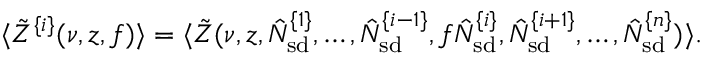
\langle \tilde { Z } ^ { \{ i \} } ( \nu , z , f ) \rangle = \langle \tilde { Z } ( \nu , z , \hat { N } _ { \mathrm { s d } } ^ { \{ 1 \} } , \ldots , \hat { N } _ { \mathrm { s d } } ^ { \{ i - 1 \} } , f \hat { N } _ { \mathrm { s d } } ^ { \{ i \} } , \hat { N } _ { \mathrm { s d } } ^ { \{ i + 1 \} } , \ldots , \hat { N } _ { \mathrm { s d } } ^ { \{ n \} } ) \rangle .